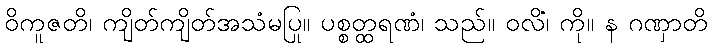
ဝိကူဇတိ၊ ကျိတ်ကျိတ်အသံမပြု။ ပစ္စတ္ထရဏံ၊ သည်။ ဝလိံ၊ ကို။ န ဂဏှာတိ